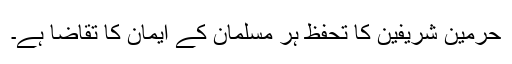
حرمین شریفین کا تحفظ ہر مسلمان کے ایمان کا تقاضا ہے۔